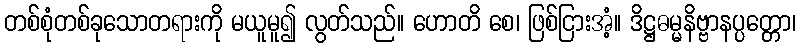
တစ်စုံတစ်ခုသောတရားကို မယူမူ၍ လွတ်သည်။ ဟောတိ စေ၊ ဖြစ်ငြားအံ့။ ဒိဋ္ဌဓမ္မနိဗ္ဗာနပ္ပတ္တော၊